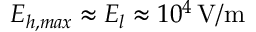
E _ { h , m a x } \approx E _ { l } \approx 1 0 ^ { 4 } \, \mathrm { V / m }